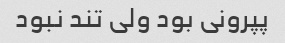
پپرونی بود ولی تند نبود